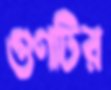
গুণটির